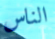
الناس